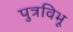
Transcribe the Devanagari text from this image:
पुत्रविभू